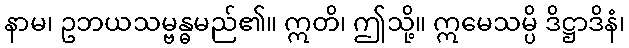
နာမ၊ ဥဘယသမ္ဗန္ဓမည်၏။ ဣတိ၊ ဤသို့။ ဣမေသမ္ပိ ဒိဋ္ဌာဒိနံ၊